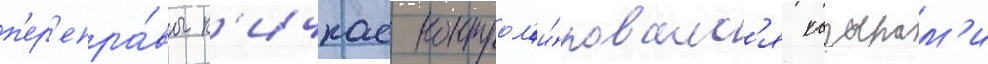
п'ер'епра́вы к'ичкас контрол'и́ровалс'я казакам'и